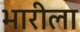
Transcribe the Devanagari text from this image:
भारीला